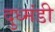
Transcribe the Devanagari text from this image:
दुध्मंडी